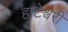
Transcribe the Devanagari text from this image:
हाटेश्वरी